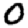
Digit: 0